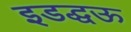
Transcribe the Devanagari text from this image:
इडद्धऊ